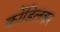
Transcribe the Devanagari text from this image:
कोंडिलकर